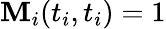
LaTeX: \mathbf{M}_{i}(t_{i},t_{i})=1